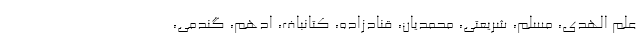
علم الهدی، مسلم، شریعتی، محمدیان، قنادزاده، کتانباف، ادهم، گندمی،